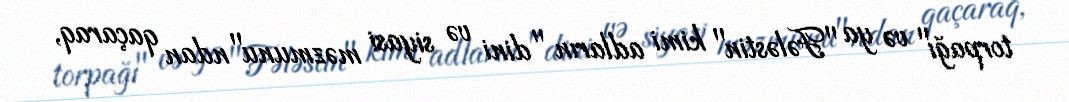
torpağı" və ya "Fələstin" kimi adların "dini və siyasi məzmunu"ndan qaçaraq,